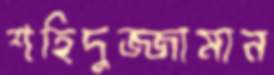
শহিদুজ্জামান